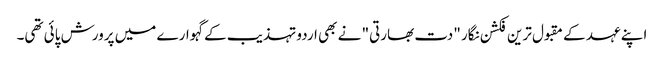
اپنے عہد کے مقبول ترین فکشن نگار "دت بھارتی" نے بھی اردو تہذیب کے گہوارے میں پرورش پائی تھی۔